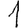
Digit: 1